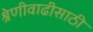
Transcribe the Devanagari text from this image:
श्रेणीवाढीसाठी